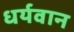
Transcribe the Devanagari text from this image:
धर्यवान